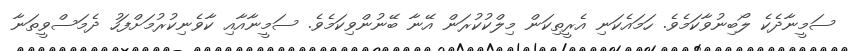
ސަމީނާދެކެ ލޯބިނުވާކަމެވެ. ހަމައެކަނި އެރީތިކަން މިލްކުކުރަން އޭނާ ބޭނުންވިކަމެވެ. ސަމީނާއާއި ކާވެނިކުރުމަށްފަހު ދެމަސްވީތަނާ